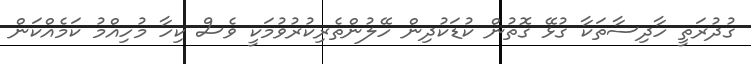
ގުދުރަތީ ހާދިސާތަކާ ގުޅޭ ގޮތުން ކުޑަކުދިން ހޭލުންތެރިކުރުވުމަކީ ވެސް ކިހާ މުހިއްމު ކަމެއްކަން